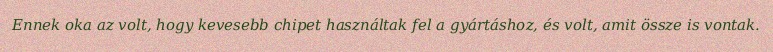
Ennek oka az volt, hogy kevesebb chipet használtak fel a gyártáshoz, és volt, amit össze is vontak.